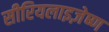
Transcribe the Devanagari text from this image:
सीरियलाइज़ेष्ण